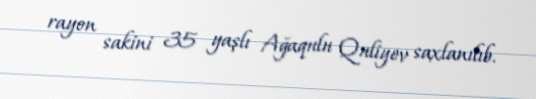
rayon sakini 35 yaşlı Ağaqulu Quliyev saxlanılıb.